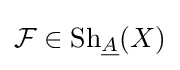
{\mathcal {F}}\in {\text{Sh}}_{\underline {A}}(X)